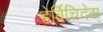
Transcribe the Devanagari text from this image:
हेर्बिचिदेस्